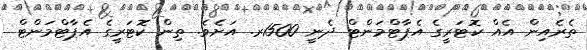
ތެރެއިން އެއް ކޮޓަރީގެ އެޕާޓްމަންޓް ދެނީ 1500ރ. އަށެވެ. ތިން ކޮޓަރީގެ އެޕާޓްމަންޓް